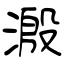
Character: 溵